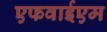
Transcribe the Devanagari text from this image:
एफवाईएम